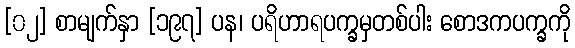
[၀၂] စာမျက်နှာ [၁၉၇] ပန၊ ပရိဟာရပက္ခမှတစ်ပါး စောဒကပက္ခကို